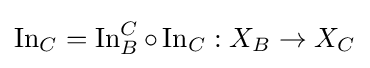
\operatorname {In} _{C}=\operatorname {In} _{B}^{C}\circ \operatorname {In} _{C}:X_{B}\to X_{C}